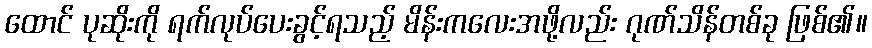
ထောင် ပုဆိုးကို ရက်လုပ်ပေးခွင့်ရသည့် မိန်းကလေးအဖို့လည်း ဂုဏ်သိန်တစ်ခု ဖြစ်၏။